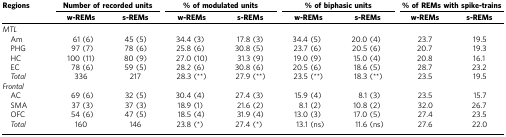
<table><thead><tr><td rowspan="2"><b>Regions</b></td><td colspan="2"><b>Number of recorded units</b></td><td colspan="2"><b>% of modulated units</b></td><td colspan="2"><b>% of biphasic units</b></td><td colspan="2"><b>% of REMs with spike-trains</b></td></tr><tr><td><b>w-REMs</b></td><td><b>s-REMs</b></td><td><b>w-REMs</b></td><td><b>s-REMs</b></td><td><b>w-REMs</b></td><td><b>s-REMs</b></td><td><b>w-REMs</b></td><td><b>s-REMs</b></td></tr></thead><tbody><tr><td colspan="9"><i>MTL</i></td></tr><tr><td> Am</td><td>61 (6)</td><td>45 (5)</td><td>34.4 (3)</td><td>17.8 (3)</td><td>34.4 (5)</td><td>20.0 (4)</td><td>23.7</td><td>19.5</td></tr><tr><td> PHG</td><td>97 (7)</td><td>78 (6)</td><td>25.8 (6)</td><td>30.8 (5)</td><td>23.7 (6)</td><td>20.5 (6)</td><td>20.7</td><td>19.3</td></tr><tr><td> HC</td><td>100 (11)</td><td>80 (9)</td><td>27.0 (10)</td><td>31.3 (9)</td><td>19.0 (9)</td><td>15.0 (4)</td><td>20.8</td><td>16.1</td></tr><tr><td> EC</td><td>78 (6)</td><td>59 (5)</td><td>28.2 (6)</td><td>30.8 (6)</td><td>20.5 (6)</td><td>18.6 (5)</td><td>28.7</td><td>23.2</td></tr><tr><td> <i>Total</i></td><td>336</td><td>217</td><td>28.3 (**)</td><td>27.9 (**)</td><td>23.5 (**)</td><td>18.3 (**)</td><td>23.5</td><td>19.5</td></tr><tr><td colspan="9"><i>Frontal</i></td></tr><tr><td> AC</td><td>69 (6)</td><td>32 (5)</td><td>30.4 (4)</td><td>27.4 (3)</td><td>15.9 (4)</td><td>8.1 (3)</td><td>23.5</td><td>15.7</td></tr><tr><td> SMA</td><td>37 (3)</td><td>37 (3)</td><td>18.9 (1)</td><td>21.6 (2)</td><td>8.1 (2)</td><td>10.8 (2)</td><td>32.0</td><td>26.7</td></tr><tr><td> OFC</td><td>54 (6)</td><td>47 (5)</td><td>18.5 (4)</td><td>31.9 (4)</td><td>13.0 (3)</td><td>17.0 (5)</td><td>27.4</td><td>23.5</td></tr><tr><td> <i>Total</i></td><td>160</td><td>146</td><td>23.8 (*)</td><td>27.4 (*)</td><td>13.1 (ns)</td><td>11.6 (ns)</td><td>27.6</td><td>22.0</td></tr></tbody></table>